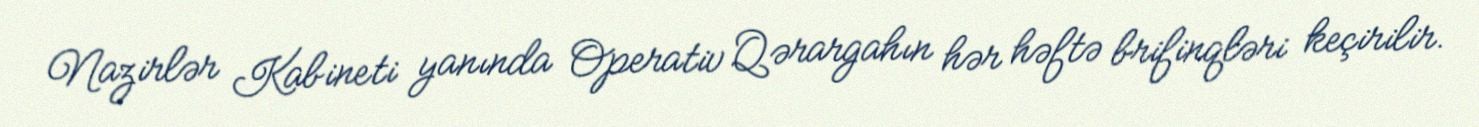
Nazirlər Kabineti yanında Operativ Qərargahın hər həftə brifinqləri keçirilir.